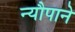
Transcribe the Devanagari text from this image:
न्यौपाने